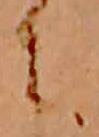
に